Civil Veterinary Dept. Bombay admin report 1893-99 - 1893-1899
Year: 1893
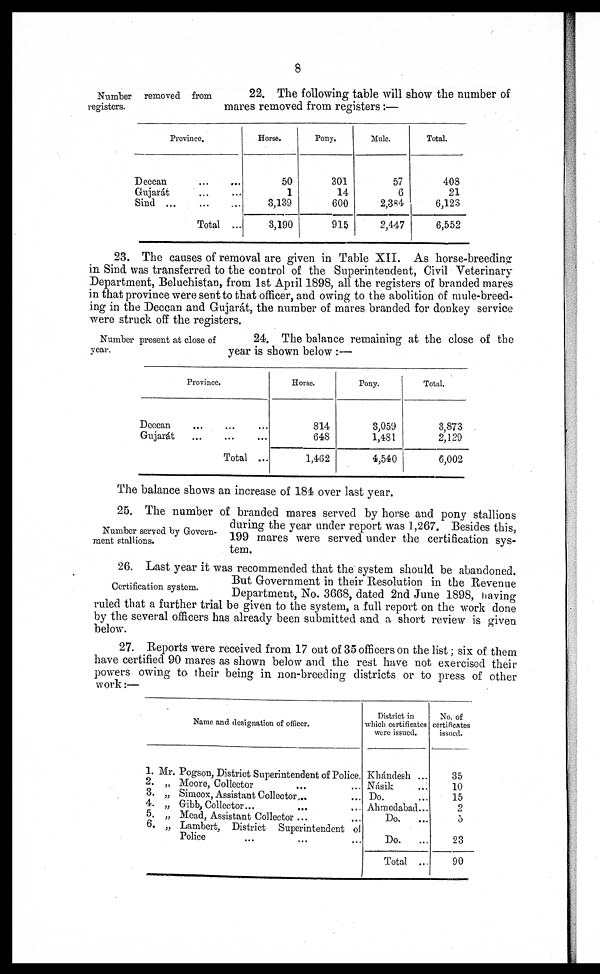
8
Number removed from
registers.
22. The following table will show the number of
mares removed from registers:—
Province.
Deccan
...
...
Gujarát ... ...
Sind ... ... ...
Total ...
Horse.
50
1
3,139
3,190
Pony.
301
14
600
915
Mule.
57
6
2,384
2,447
Total.
408
21
6,123
6,552
23. The causes of removal are given in Table XII. As horse-breeding
in Sind was transferred to the control of the Superintendent, Civil Veterinary
Department, Beluchistan, from 1st April 1898, all the registers of branded mares
in that province were sent to that officer, and owing to the abolition of mule-breed-
ing in the Deccan and Gujarát, the number of mares branded for donkey service
were struck off the registers.
Number present at close of
year.
24. The balance remaining at the close of the
year is shown below :—
Province.
Deccan ... ... ...
Gujarát
...
...
...
Total ...
Horse.
814
648
1,462
Pony.
3,059
1,481
4,540
Total.
3,873
2,129
6,002
The balance shows an increase of 184 over last year.
Number served by Govern-
ment stallions.
25. The number of branded mares served by horse and pony stallions
during the year under report was 1,267. Besides this,
199 mares were served under the certification sys-
tem.
Certification system.
26. Last year it was recommended that the system should be abandoned.
But Government in their Resolution in the Revenue
Department, No. 3668, dated 2nd June 1898, having
ruled that a further trial be given to the system, a full report on the work done
by the several officers has already been submitted and a short review is given
below.
27. Reports were received from 17 out of 35 officers on the list; six of them
have certified 90 mares as shown below and the rest have not exercised their
powers owing to their being in non-breeding districts or to press of other
work:—
1.
2.
3.
4.
5. 6.
Name and designation of officer.
Mr. Pogson, District Superintendent of Police.
„ Moore, Collector ... ...
„ Simeox, Assistant Collector ... ...
„ Gibb, Collector ... ... ...
„ Mead, Assistant Collector ... ...
„ Lambert, District Superintendent of
Police ... ... ...
District in
which certificates
were issued.
Khándesh ...
Násik
...
Do. ...
Ahmedabad ...
Do.
...
Do.
...
Total ...
No. of
certificates
issued.
35
10
15
2
5
23
90